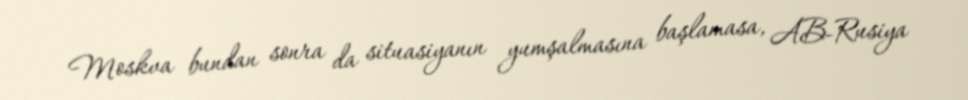
Moskva bundan sonra da situasiyanın yumşalmasına başlamasa, AB-Rusiya